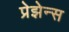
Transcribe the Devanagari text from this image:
प्रेझेन्स